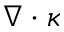
\nabla \cdot \kappa